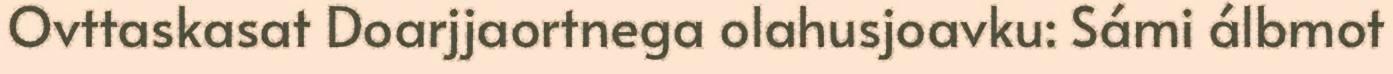
Ovttaskasat Doarjjaortnega olahusjoavku: Sámi álbmot